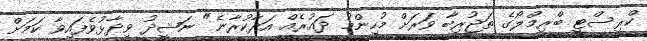
ކްރިސްޓީ ބްރިމްލޯގެ ތަޖުރިބާ ވަރަށް މުހިންމު ދައުރެއް އަދާކުރާނެ" ނަޝީދު ވިދާޅުވެފައިވާ ކަމަށް